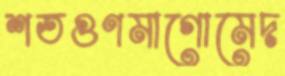
শতগুণমাগোমেদ